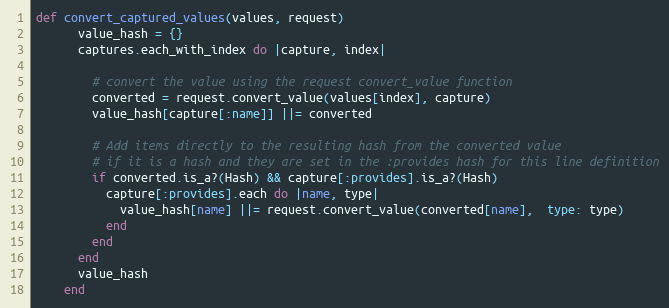
Language: Ruby
def convert_captured_values(values, request)
      value_hash = {}
      captures.each_with_index do |capture, index|

        # convert the value using the request convert_value function
        converted = request.convert_value(values[index], capture)
        value_hash[capture[:name]] ||= converted

        # Add items directly to the resulting hash from the converted value
        # if it is a hash and they are set in the :provides hash for this line definition
        if converted.is_a?(Hash) && capture[:provides].is_a?(Hash)
          capture[:provides].each do |name, type|
            value_hash[name] ||= request.convert_value(converted[name],  type: type)
          end
        end
      end
      value_hash
    end